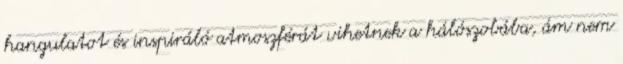
hangulatot és inspiráló atmoszférát vihetnek a hálószobába, ám nem